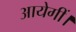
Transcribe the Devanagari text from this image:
आयेगीं।